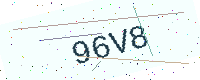
Text: 96V8